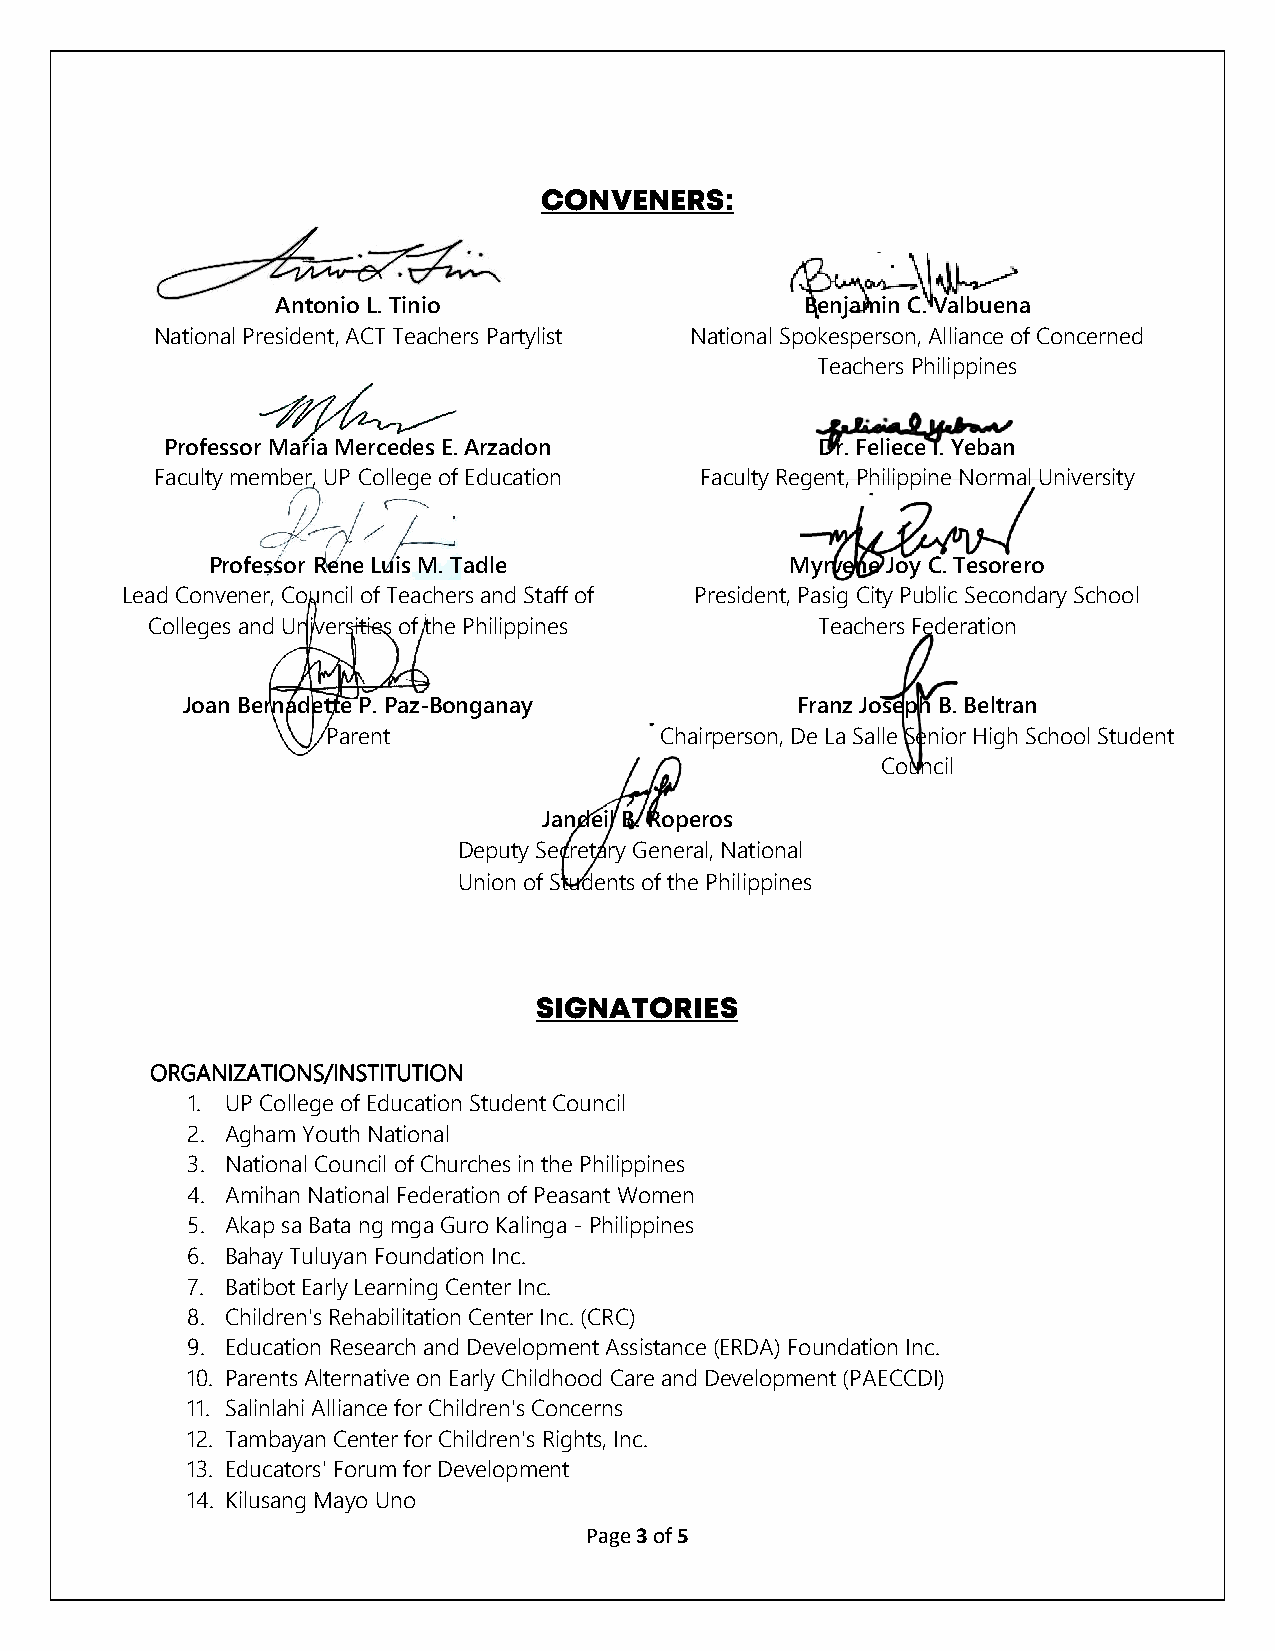
CONVENERS:
 Antonio L. Tinio                   Benjamin C. Valbuena
 National President, ACT Teachers Partylist National Spokesperson, Alliance of Concerned
 Teachers Philippines
 Professor Maria Mercedes E. Arzadon        Dr. Feliece I. Yeban
 Faculty member, UP College of Education Faculty Regent, Philippine Normal University
 Professor Rene Luis M. Tadle          Myrvene Joy C. Tesorero
 Lead Convener, Council of Teachers and Staff of President, Pasig City Public Secondary School
 Colleges and Universities of the Philippines Teachers Federation
 Joan Bernadette P. Paz-Bonganay          Franz Joseph B. Beltran
 Parent                Chairperson, De La Salle Senior High School Student
 Council
 Jandeil B. Roperos
 Deputy Secretary General, National
 Union of Students of the Philippines
 SIGNATORIES
 ORGANIZATIONS/INSTITUTION
 1. UP College of Education Student Council
 2. Agham Youth National
 3. National Council of Churches in the Philippines
 4. Amihan National Federation of Peasant Women
 5. Akap sa Bata ng mga Guro Kalinga - Philippines
 6. Bahay Tuluyan Foundation Inc.
 7. Batibot Early Learning Center Inc.
 8. Children's Rehabilitation Center Inc. (CRC)
 9. Education Research and Development Assistance (ERDA) Foundation Inc.
 10. Parents Alternative on Early Childhood Care and Development (PAECCDI)
 11. Salinlahi Alliance for Children's Concerns
 12. Tambayan Center for Children's Rights, Inc.
 13. Educators' Forum for Development
 14. Kilusang Mayo Uno
 Page 3 of 5